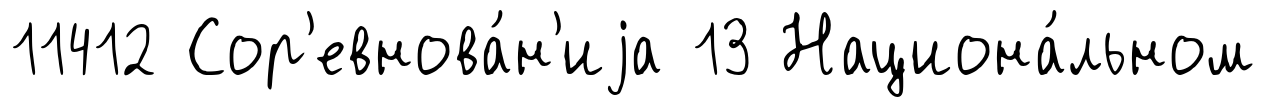
11412 Сор'евнова́н'иjа 13 Национа́льном